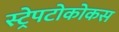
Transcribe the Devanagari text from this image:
स्ट्रेपटोकोकस